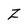
Character: Z